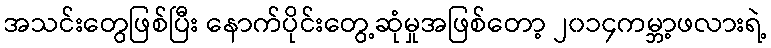
အသင်းတွေဖြစ်ပြီး နောက်ပိုင်းတွေ့ဆုံမှုအဖြစ်တော့ ၂၀၁၄ကမ္ဘာ့ဖလားရဲ့